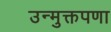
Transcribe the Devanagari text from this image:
उन्मुक्तपणा